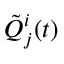
\tilde { Q } _ { j } ^ { i } ( t )